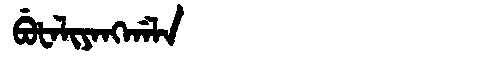
Manchu: ᠪᡠᡶᠠᠯᡳᠶᠠᠩᡤᠠᠯᠠ
Romanization: BUFALIYANGGALA